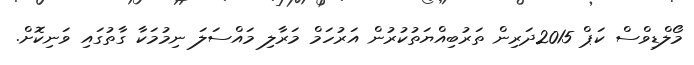
މޯލްޑިވްސް ކަޕް 2015ދަރިން ތަރުބިއްޔަތުކުރުން އަރުހަމް މަރާލި މައްސަލަ ނިމުމަކާ ގާތުގައި ވަނިކޮށް.